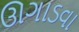
ઊગાડવા